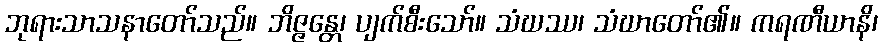
ဘုရားသာသနာတော်သည်။ ဘိဇ္ဇန္တေ၊ ပျက်စီးသော်။ သံဃဿ၊ သံဃာတော်၏။ ကရဏီယာနိ၊